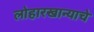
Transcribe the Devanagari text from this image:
लोहारखान्याचे